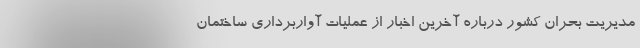
مدیریت بحران کشور درباره آخرین اخبار از عملیات آواربرداری ساختمان